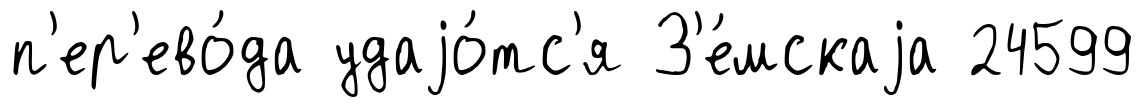
п'ер'ево́да удаjо́тс'я З'е́мскаjа 24599